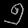
Digit: ၅